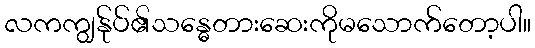
လကကျွန်ုပ်၏သန္ဓေတားဆေးကိုမသောက်တော့ပါ။